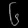
Digit: ၆